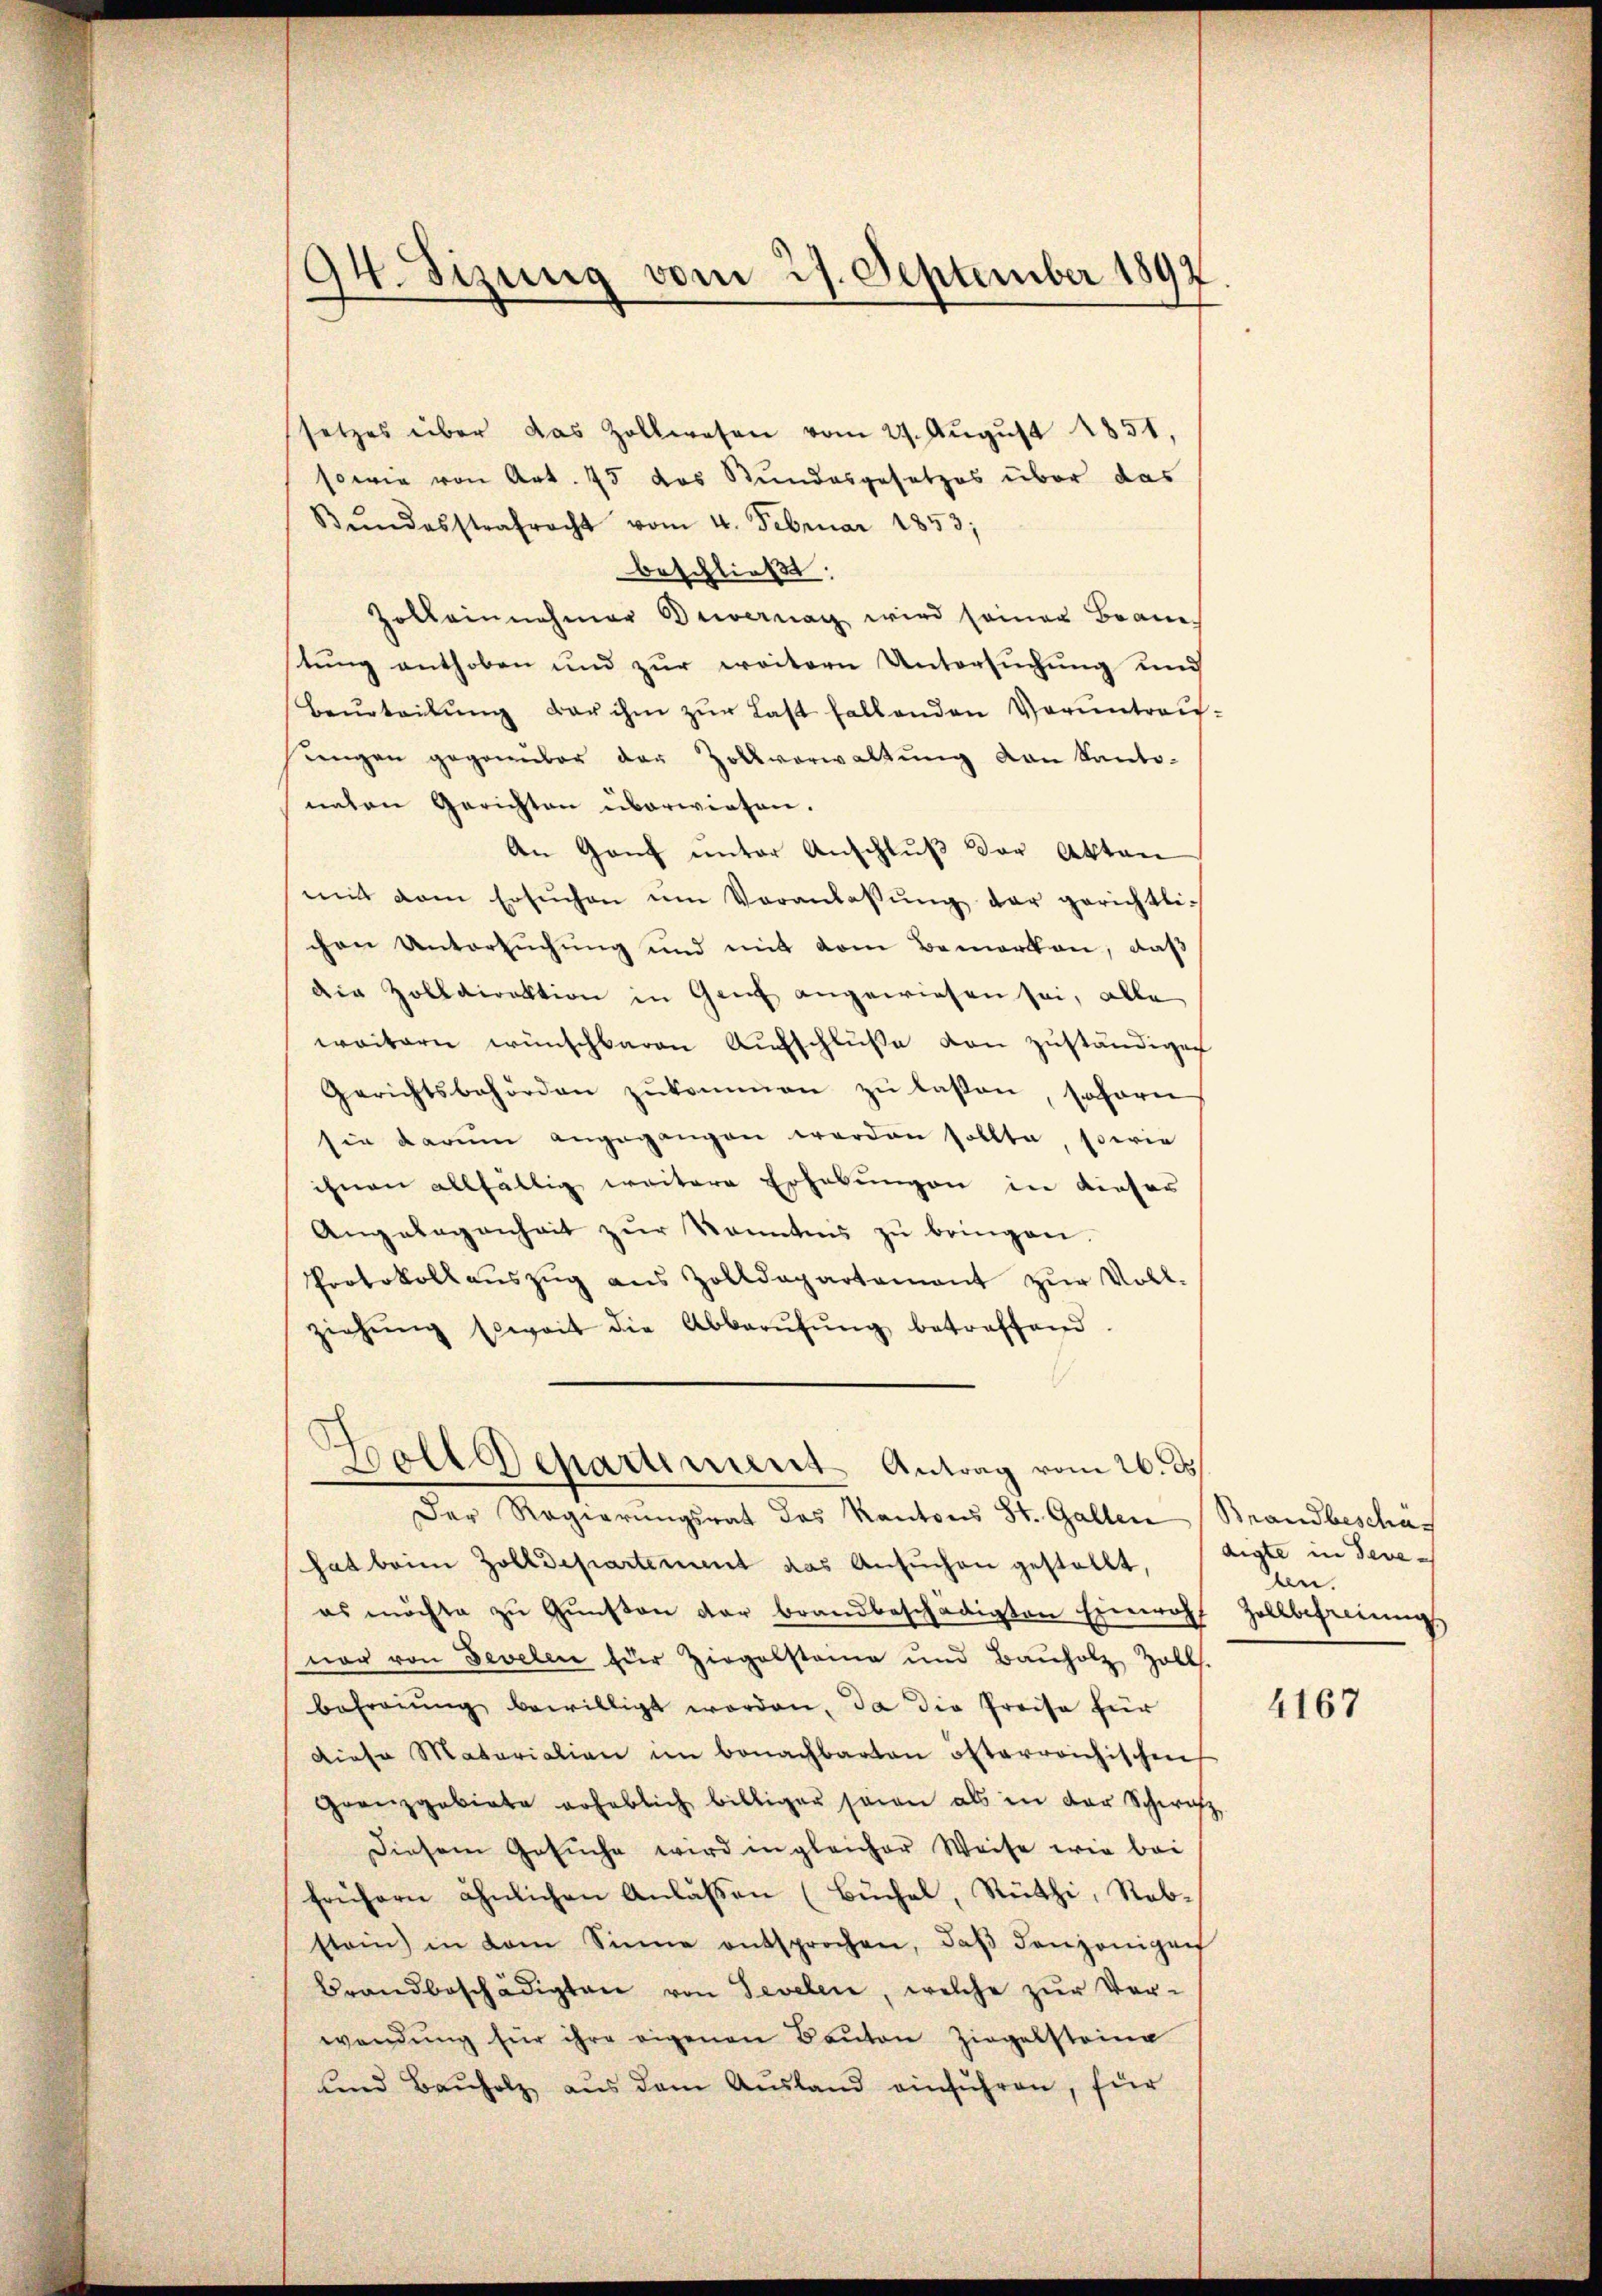
94. Sizung vom 27. September 1892.

setzes über das Zollwesen vom 27. August 1851.
sowie von Art. 75 das Bundesgesetzes über das
Bŭndesstrafrecht vom 4. Februar 1853;
beschließt:
Zolleinnehmer Beiernach wird seiner Braue
stung enthoben und zur weitern Untersuchung und
Beurteilŭng der ihm zŭr Last fallenden Voruntrausŭngen gegenüber der Zollverwaltŭng von Kanto-
naten Gerichten überwiesen.
An Ganz unter Anschluß der Akten
mit dem Ersuchen ŭm Veranlassŭng der gerichtlichen Untersuchung und mit dem Bemerken, daß
die Zolldirektion in Genf angewiesen sei, alle
weitern wünschbaren Aufschluße von zuständigen
Gerichtsbehörden zŭkommen zŭ lassen, soforn
sie darum angegangen werden sollte, sowie
ihnen allfällig weitere Erhebungen in dieser
Angelegenheit zŭr kanntens zŭ bringen.
Protokollaŭszŭg ans Zolldepartamant zŭr Voll-
ziehŭng soweit die Abberŭfŭng betreffend.
Holldepartement Antrag vom 26. ds.
Der Regierungsrat des Kantons St. Gallen Brandbeschäf
hat beim Zolldepartement das Ansŭchen gestellt,
es möchte zu Gunsten der brandbeschädigten Einwohl
ner von Sevelen für Ziegelsteine und Bauholz, Zoll.
befreiung bewilligt worden, da die Preise für
Diese Materialien im bonachbarten öfterreichischen
Granzgebiete erheblich billiger seien als in der Schweiz
Diesem Gesŭche wird in gleicher Weise wie bei
frühern ähnlichen Anlaβen (Buchel, Rüthi, Rebstein) in dem Sinne entsprochen, daβ denjenigen
Brandbeschädigten von Sevelen, welche zŭr Ver-
wendung für ihre eigenen Bauten Ziegelsteine
und Bauholz aus dem Ausland einführen, für

digte in deveduen.
Zollbefreiung

4167